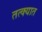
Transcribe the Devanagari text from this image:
तत्क्यात